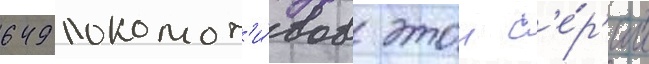
649 локомот'и́вов этои с'е́р'ии